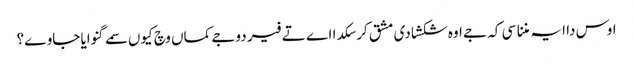
اوس دا ایہ مننا سی کہ جے اوہ شکشا دی مشق کر سکدا اے تے فیر دوجے کماں وچ کیوں سمے گنوایا جاوے؟